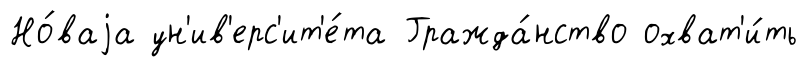
Но́ваjа ун'ив'ерс'ит'е́та Гражда́нство охват'и́ть